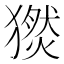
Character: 𤢅